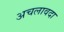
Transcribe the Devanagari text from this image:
अचलावदा